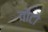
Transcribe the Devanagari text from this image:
वोंटो